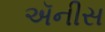
ઍનીસ